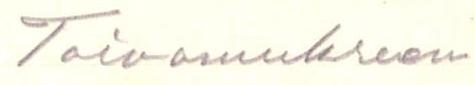
Toivomukseen